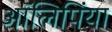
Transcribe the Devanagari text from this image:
आॅलिपिंया